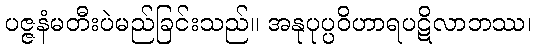
ပဇ္ဇနံမတီးပဲမည်ခြင်းသည်။ အနုပုပ္ပဝိဟာရပဋိလာဘဿ၊